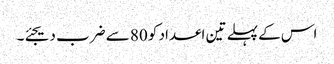
اس کے پہلے تین اعداد کو 80 سے ضرب دیجئے۔